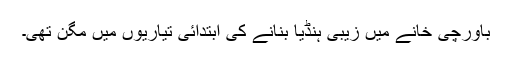
باورچی خانے میں زیبی ہنڈیا بنانے کی ابتدائی تیاریوں میں مگن تھی۔